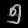
Digit: ၅